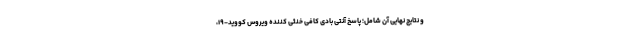
و نتایج نهایی آن شامل؛ پاسخ آنتی بادی کافی خنثی کننده ویروس کووید-۱۹،